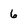
Character: 6